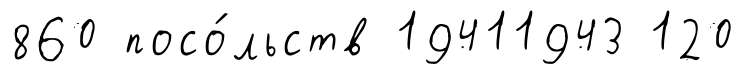
860 посо́льств 19411943 120